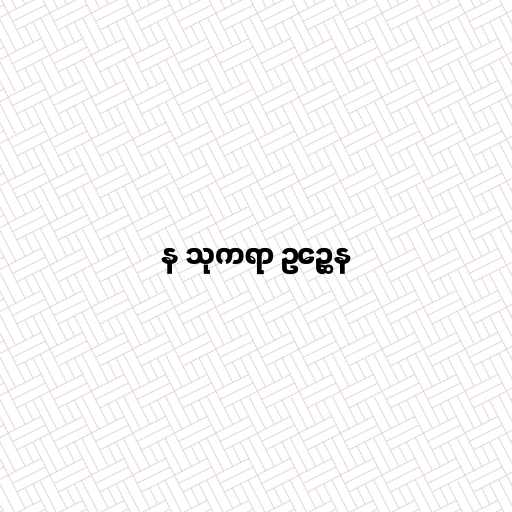
န သုကရာ ဥဉ္ဆေန